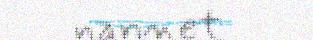
nannet